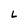
Character: L